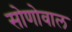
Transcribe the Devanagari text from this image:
सोणोवाल